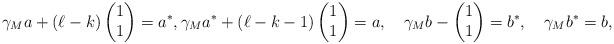
LaTeX: \begin{align*}\gamma_M a+(\ell-k)\begin{pmatrix} 1\\ 1\end{pmatrix}=a^*, \gamma_M a^*+(\ell-k-1)\begin{pmatrix} 1\\ 1\end{pmatrix}=a,\quad\gamma_M b-\begin{pmatrix}1\\ 1\end{pmatrix}=b^*, \quad\gamma_M b^*=b,\end{align*}